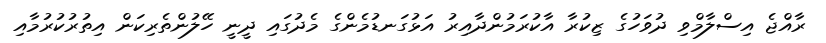
ރާއްޖެ އިސްލާމްވި ދުވަހުގެ ޒިކުރާ އާކުރަމުންދާއިރު އަޅުގަނޑުމެންގެ މެދުގައި ދީނީ ހޭލުންތެރިކަން އިތުރުކުރުމާއި